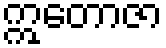
ဣတောဇာ